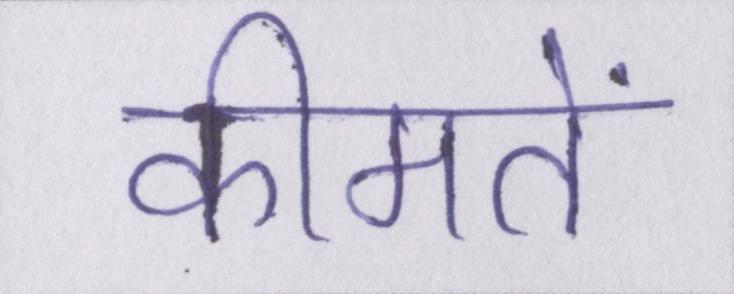
कीमतें